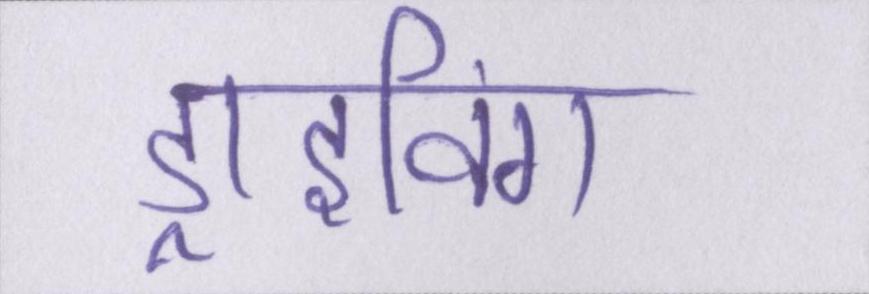
ड्राइविंग